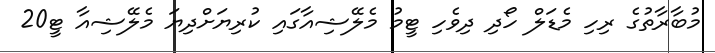
މުބާރާތުގެ ރިހި މެޑަލް ހޯދި ދިވެހި ޓީމު މެލޭޝިއާގައި ކުރިޔަށްދިޔަ މެލޭޝިއާ ޓީ20